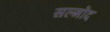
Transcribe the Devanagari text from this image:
सल्मोंद